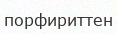
порфириттен